King Institute of Preventive Medicine Bacteriolog. Section reports 1907-08
Year: 1907
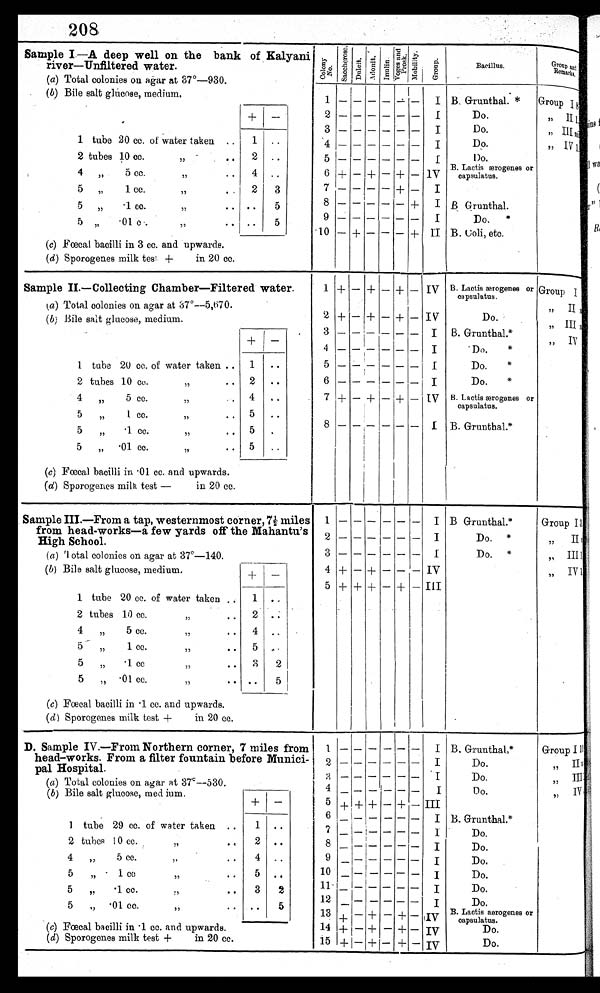
208
Sample I.—A deep well on the bank of Kalyani
river-Unfiltered water.
(a) Total colonies on agar at 37°—930.
(b) Bile salt glucose, medium
1
tube 20 cc. of water taken ..
1 . .
2 tubes 10 cc.
, ,
• 0 2 . .
4 „
5 CC.
,,
• •
4 „
5 „
1 cc.
,,
• ,
2
3
5
.1 cc.
,,
. . ..
5
5 „
• 0 1 c .
,,
.. ..
5
(c) Fœcal bacilli in 3 cc. and upwards.
(d) Sporogenes milk test +
in 20 cc.
C o l o n y N o .
Sa c c he r os e .
D u l c i t . Adoni t . I n u l i n .
Voges and Pr os k. M o b i l i t y .
G r o u o .
B a c i l l u s .
Gr o u p a n d R e ma r k s .
6
7
8
9
10
+
-
-
-
-
-
-
-
-
-
+
+
-
-
-
-
-
+
-
+
I
I
I
I
I V
I
I
I
II
B. Grunthal. *
Do.
Do.
Do.
1)o.
B. Lactis ærogenes or
capsulatus.
B Grunthal.
Do.
B. Coli, etc.
Group I , , I I
, , I I I
, , I V
2
3
5
+
-
-
-
-
-
-
-
+
Sample II.—Collecting Chamber—Filtered water.
(a) Total colonies on agar at 37°-5,670.
(b) Bile salt glucose, medium.
+ 1 -
1 tube 20 cc. of water taken .. 1 ..
2 tubes 10 co.
„
• • 2 ..
4
5 cc.
,,
4
•
5 „
1 cc.
,,
• • 5 . .
5
„
1 cc.
„
• • 5 •
5 „ •01 cc.
,,
• • 5 . .
(c) Fœcal bacilli in. • 01 cc. and upwards.
(d) Sporogenes milk test -
in 20 cc.
1
2
6
7
3
4
5
+
+
+
-
-
-
+
+
+
-
-
- +
+
+
-
-
-
iv
IV
I
I
1
I
I V
B. Lactis aerogenes or
capsulatus.
Do.
B. Grunthal. Grunthal.*
'Do.
*
Do.
*
Do.
*
B. Lactis ærogenes or
capsulatus.
B. Grunthal.*
G r o u p I
, , I I
, , I I I
, , I V
Sample III.—From a tap, westernmost corner, 7½ miles
from head-works-a few yards off the Mahantu's
High School.
(a) Total colonies on agar at 37°—140.
(b) Bile salt glucose, medium.+ -
1 tube 20 cc. of water taken
1 . .
2 tubes 10 cc.
.. •
•
2
4
„
5 cc.
.. 4 ..
5 „
1 cc.
,,
• • 5 „ .
5 „ 1 cc
,,
.. 8 2
5
„ • 01 cc,
„
• . .. 5
(c) Fœcal bacilli in 1 cc. and upwards.
(d) Sporogenes milk test +
in 20 cc.
4
5
1
2
3
+
+
-
+
+
+
-
- +
-
-
I
I
I
IV
III
B Grunthal.*
Do. *
Do. *
Group I , , I I
, , I I I
, , I V
D. Sample IV.—From Northern corner, 7 miles from
head-works. From a filter fountain before Munici-
pal Hospital.
(a) Total colonies on agar at 37º—530.
(b) Bile salt glucose, med ium.
+ -
1 tube 29 cc. of water taken ..
1 ..
2 tubes 10 cc.
,, • , 2 ..
4 „
5 cc.
„
• • 4 ..
5 „
1 cc
„
.. 5 ..
5
,,
• 1 cc.
,,
3 2
5
,,.01 cc.
,,
. . .. 5
(c) Fœcal bacilli in 1 cc. and upwards.
(d) Sporogenes milk test +
in 20 cc.
1
4
5
6
7
8
9
10
12
13
14
15
-
-
-
+
-
-
-
-
+
+1-
-I-1-
+1-
-
- +
I -
-
1
-
-
-
+
-
I -
-
+
+
-
-
-
___
-
-
-
-
-
-
+
-
-
-
+
+
+
-
_
-
-
-
- -
- -
-
I
I
I
I
III
I
1
I
I
I
I
I V
IV
IV
B. Grunthal.*
Do.
Do.
D o.
B. Grunthal.*
Do.
Do.
Do.
Do.
Do.
Do.
B. Lactis aerogenes or
capsulatus .
Do.
Do.
Group I, , I I
, , I I I
, , I V